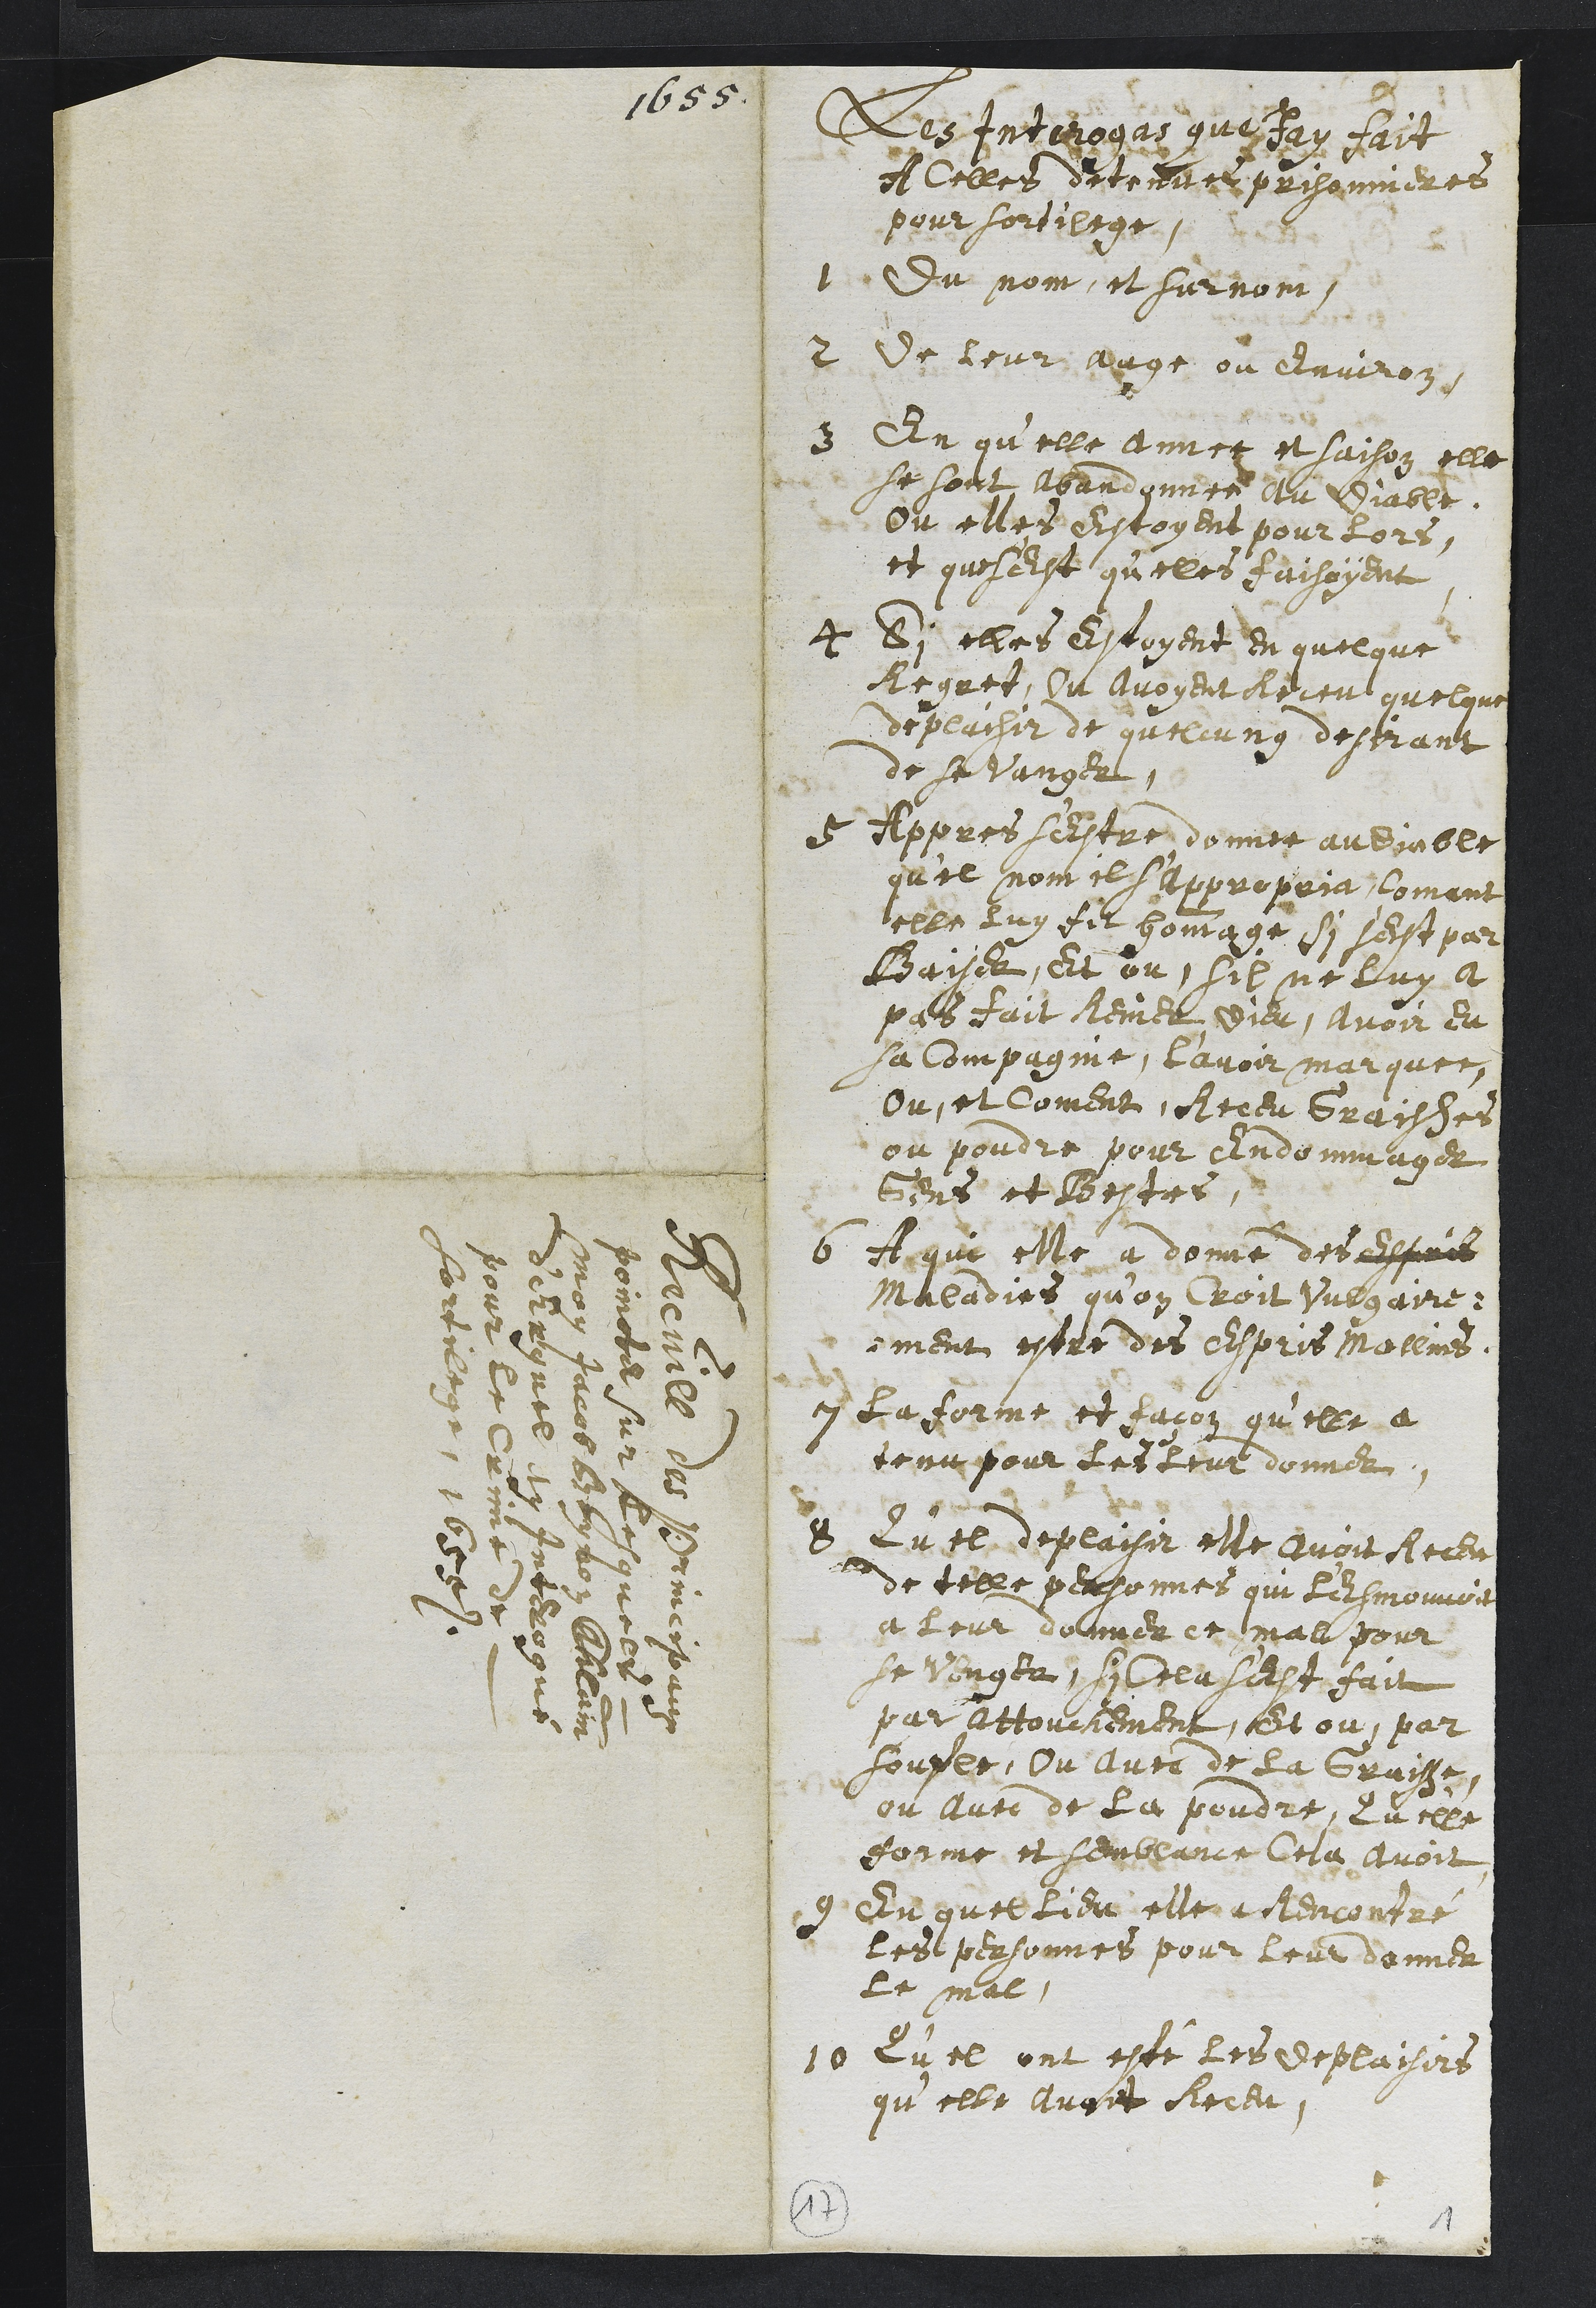
1655
Les Interrogas que Jay fait
A celles detenues prisonnieres
pour sortilege.
1 Du nom, et surnom
2 De leur aage ou environ.
3 En qu'elle annee et saison elle
se sont abandonnee au Diable
Ou elles estoyent pour lors
et que s'est quelle faisoyent
4 Si elles estoyent en quelque
Regret, Ou avoyent Receu quelque
deplaisir de quelcung desirant
de se vanger
5 Appres s'estre donnee au diable
quel nom il s'appropria, comant
elle luy fit hommage, si s'est par
Baiser, et ou sil ne luy a
pas fait Renier dieu, avoir eu
sa compagnie, l'avoir marquee
Ou et coment, Receu Graisses
ou poudre pour endommager
Gens et Bestes,
6 A qui elle a donné des espris
maladies quon croit vulgaire¬
ment estre des Espris mallins
7 La forme et façon qu'elle a
tenu pour les leur donner
8 Qu'el deplaisir elle avoit Receu
de telle personnes qui l'esmouvoit
a leur donner ce mal pour
se venger, si cela s'est fait
par attouchement, et ou par
soufle, ou avec de la Graisse,
ou avec de la poudre, Qu'elle
forme et semblance Cela avoit
9 En quel lieu elle a Rencontré
les personnes pour leur donner
le mal
10 Qu'el ont esté les deplaisirs
qu'elle avoit Receu
17
1

Recuill des Principaux
poincts sur lesquels
moy Jacob Beynon Chlain
d'Erguel ay interogué
pour le Crime de
sortilege, 1655